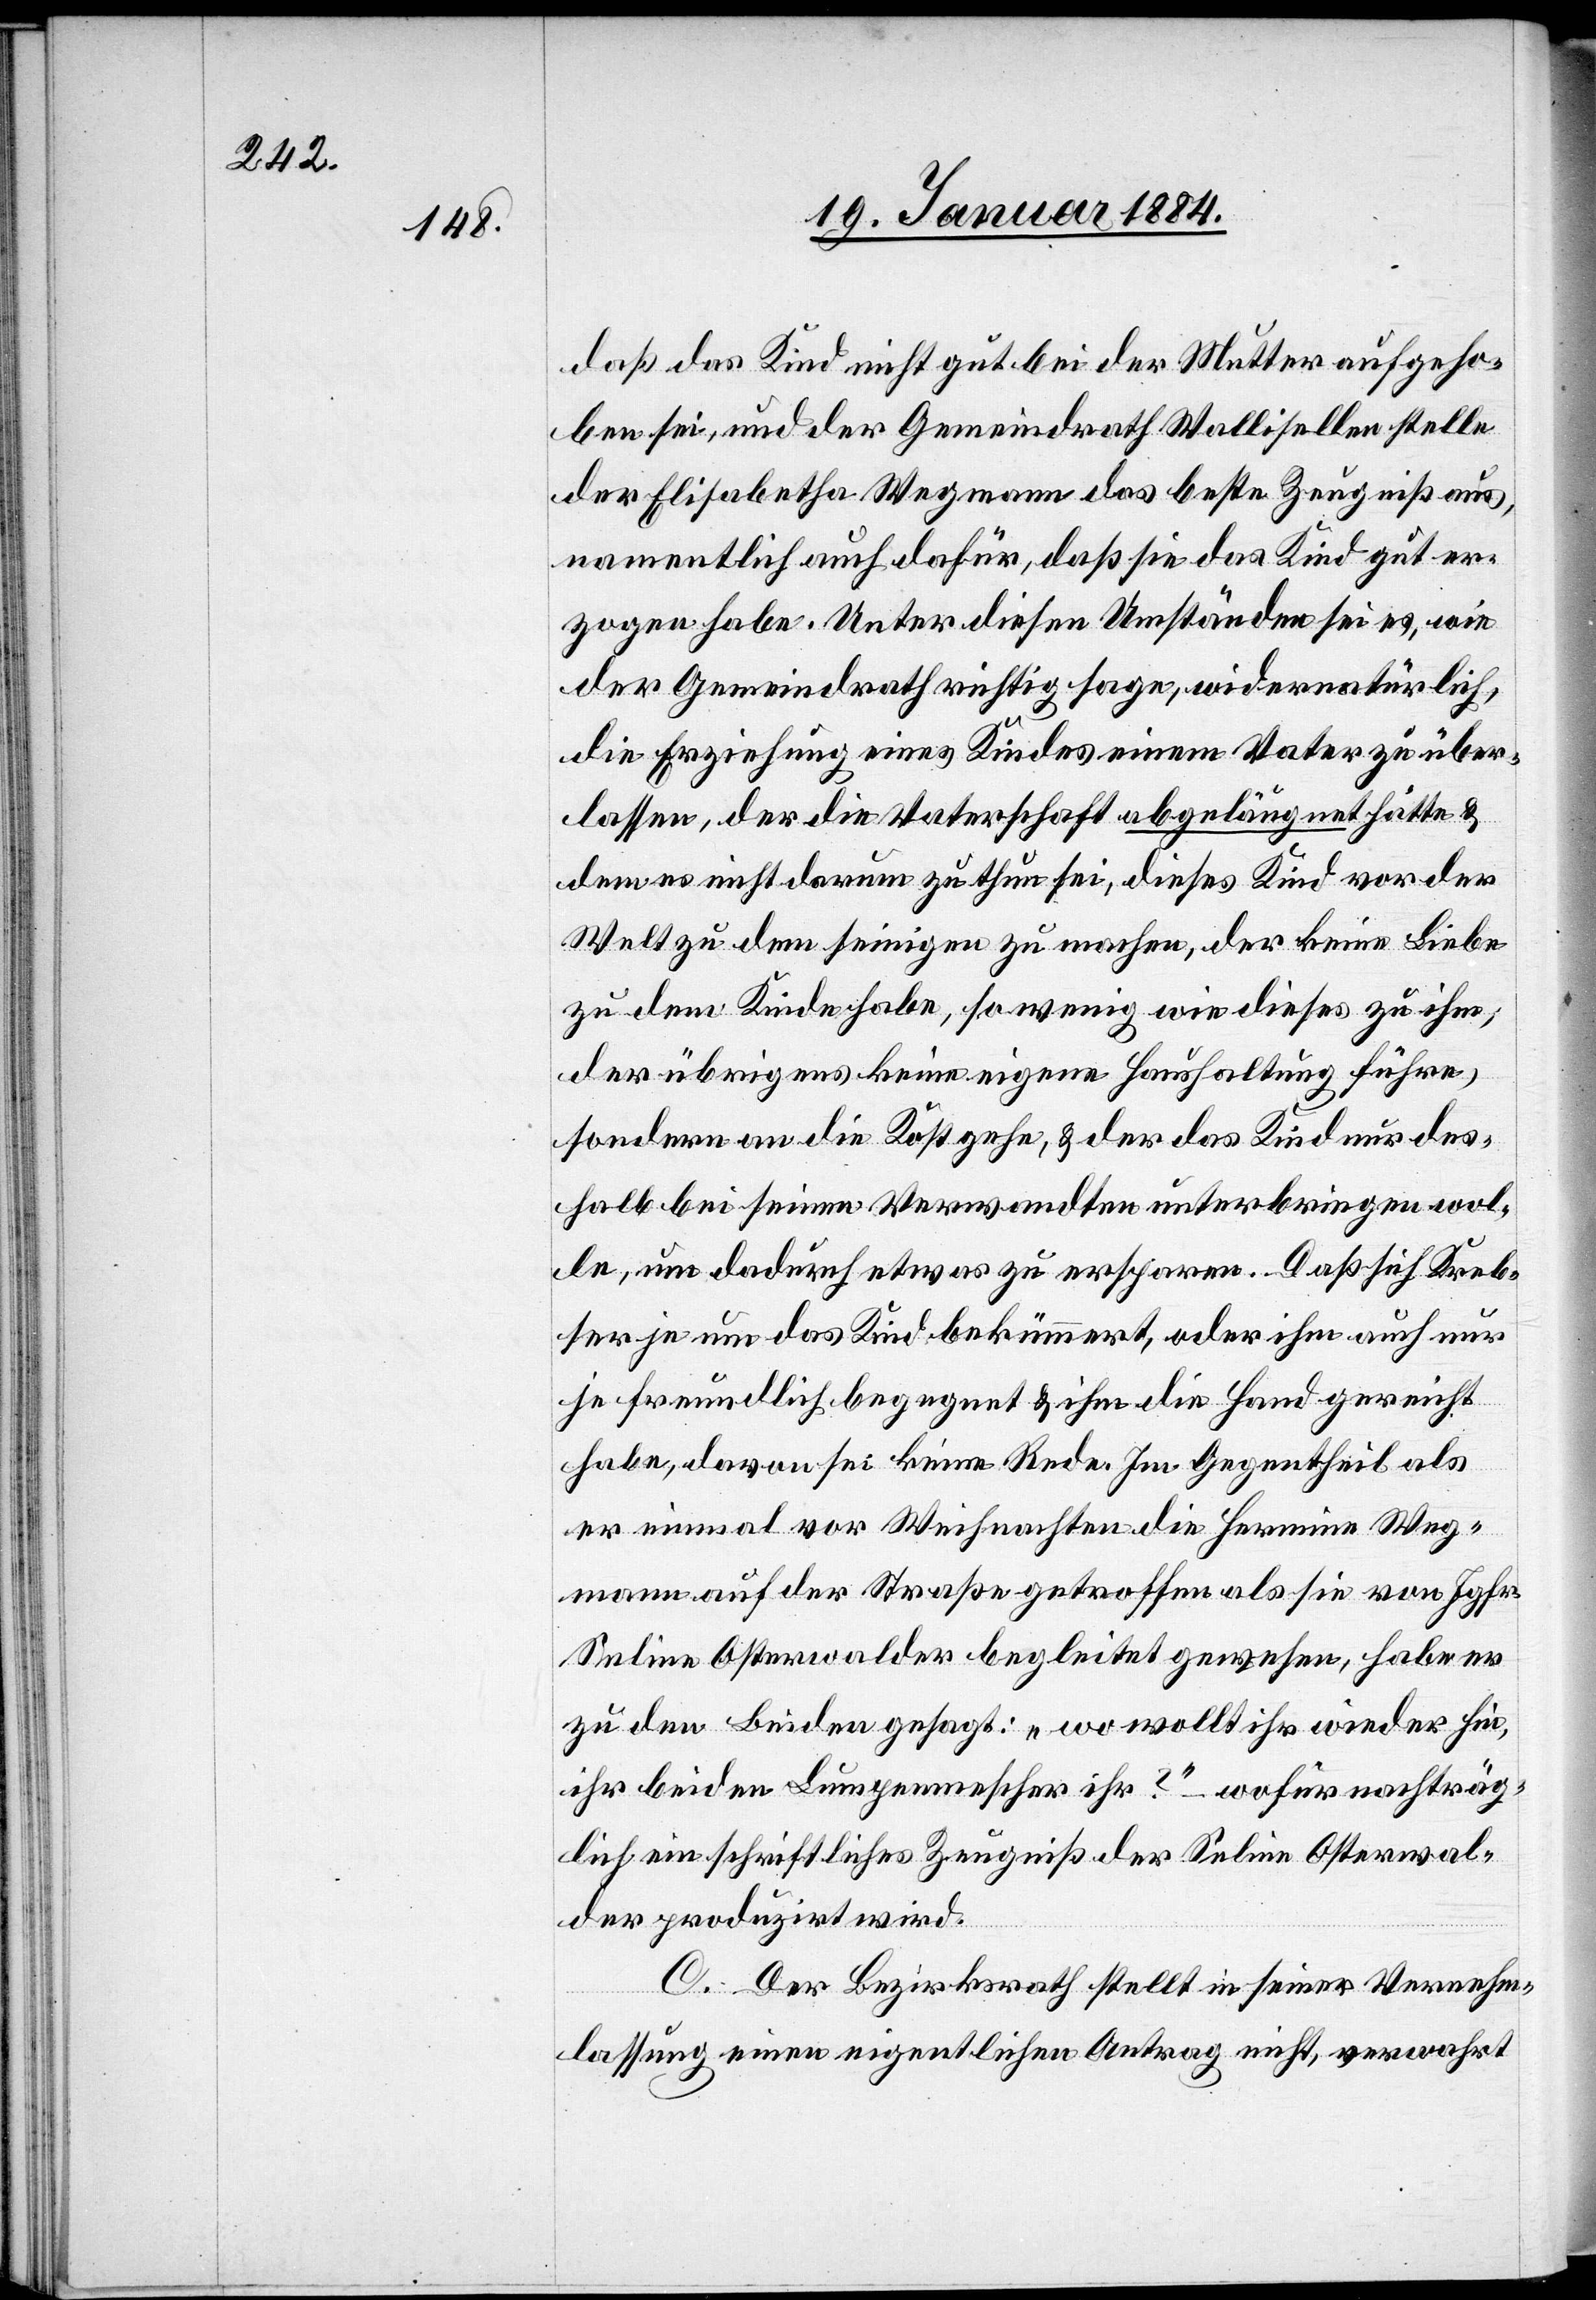
daß das Kind nicht gut bei der Mutter aufgeho¬
ben sei, und der Gemeindrath Wallisellen stelle
der Elisabetha Wegmann das beste Zeugniß aus,
namentlich auch dafür, daß sie das Kind gut er¬
zogen habe. Unter diesen Umständen sei es, wie
der Gemeindrath richtig sage, widernatürlich,
die Erziehung eines Kindes einem Vater zu über¬
lassen, der die Vaterschaft abgeleugnet hätte &
dem es nicht darum zu thun sei, dieses Kind vor der
Welt zu dem seinigen zu machen, der keine Liebe
zu dem Kinde habe, so wenig wie dieses zu ihm,
der übrigens keine eigene Haushaltung führe,
sondern an die Kost gehe, & der das Kind nur des¬
halb bei seinem Verwandten unterbringen wol¬
le, um dadurch etwas zu ersparen. Daß sich Kreb¬
ser je um das Kind bekümmert, oder ihm auch nur
je freundlich begegnet & ihm die Hand gereicht
habe, davon sei keine Rede. Im Gegentheil als
er einmal vor Weihnachten die Hermine Weg¬
mann auf der Straße getroffen als sie von Jgfr.
Seline Osterwalder begleitet gewesen, habe er
zu den beiden gesagt: „Wo wollt ihr wieder hin,
ihr beiden Lumpenwescher ihr?“ – wofür nachträg¬
lich ein schriftliches Zeugniß der Seline Osterwal¬
der produzirt wird.
C. Der Bezirksrath stellt in seiner Vernehm¬
lassung einen eigentlichen Antrag nicht, verwahrt